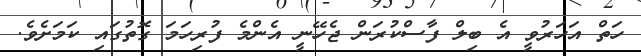
ހަތް އަހަރުވީ އެ ބިލް ފާސްކުރަން ޖެހޭނީ އެންމެ ފުރިހަމަ ގޮތުގައި ކަމަށެވެ.